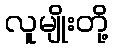
လူမျိုးတို့